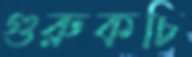
গুরুকচি